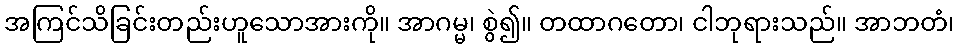
အကြင်သိခြင်းတည်းဟူသောအားကို။ အာဂမ္မ၊ စွဲ၍။ တထာဂတော၊ ငါဘုရားသည်။ အာဘတံ၊